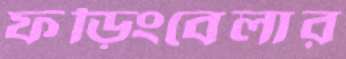
ফড়িংবেলার